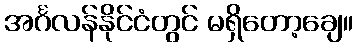
အင်္ဂလန်နိုင်ငံတွင် မရှိတော့ချေ။